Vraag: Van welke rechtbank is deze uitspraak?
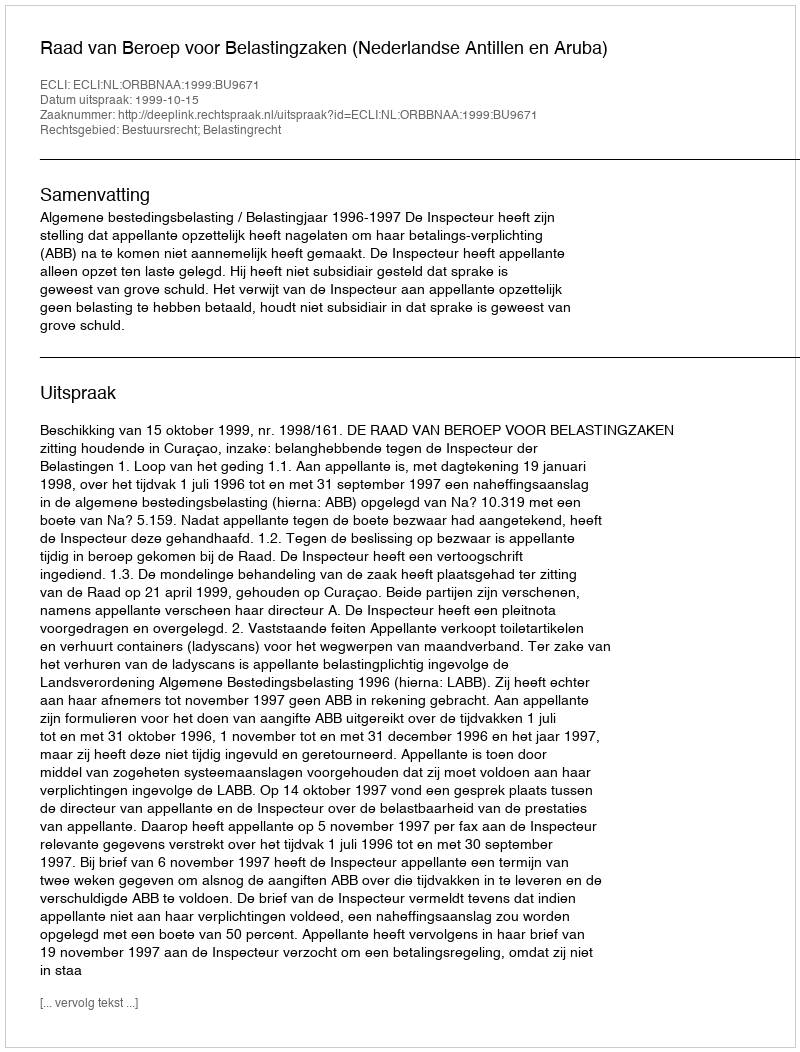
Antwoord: Raad van Beroep voor Belastingzaken (Nederlandse Antillen en Aruba)